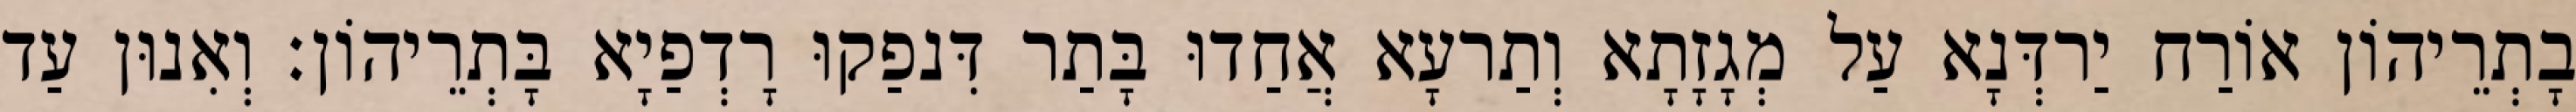
בָתְרֵיהוֹן אוֹרַח יַרדְּנָא עַל מְגָזָתָא וְתַרעָא אֲחַדוּ בָּתַר דִּנפַקוּ רָדְפַיָא בָּתְרֵיהוֹן׃ וְאִנוּן עַד